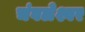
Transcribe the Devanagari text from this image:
चंवलेश्वर